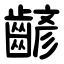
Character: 齴